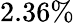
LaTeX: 2.36\%